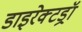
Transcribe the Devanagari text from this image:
डाइरेक्टड्रॉ